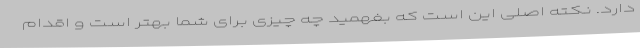
دارد. نکته اصلی این است که بفهمید چه چیزی برای شما بهتر است و اقدام